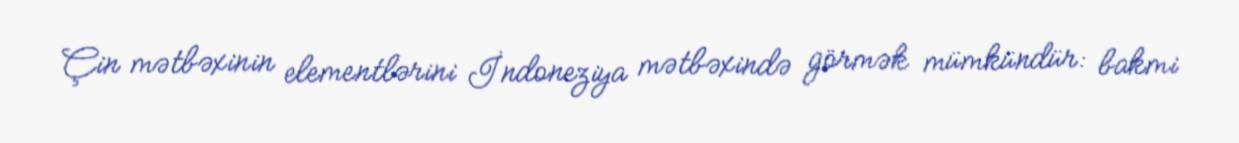
Çin mətbəxinin elementlərini İndoneziya mətbəxində görmək mümkündür: bakmi